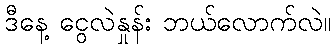
ဒီနေ့ ငွေလဲနှုန်း ဘယ်လောက်လဲ။